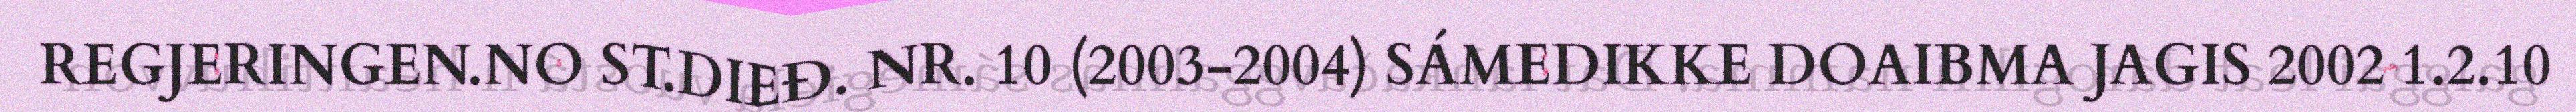
REGJERINGEN.NO ST.DIEĐ. NR. 10 (2003-2004) SÁMEDIKKE DOAIBMA JAGIS 2002 1.2.10